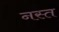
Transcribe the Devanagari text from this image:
नस्त